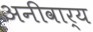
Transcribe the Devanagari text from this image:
अनीवार्य